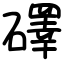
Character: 礋